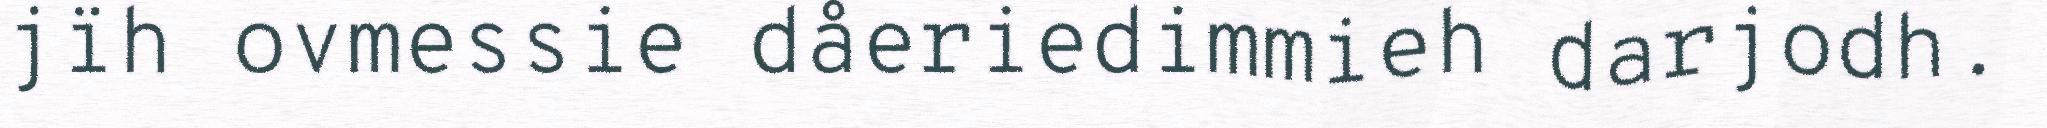
jïh ovmessie dåeriedimmieh darjodh.